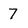
Character: 7